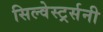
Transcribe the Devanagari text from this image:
सिल्वेस्टर्र्सनी